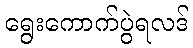
ရွေးကောက်ပွဲရလဒ်